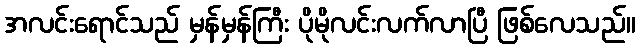
အလင်းရောင်သည် မှန်မှန်ကြီး ပိုမိုလင်းလက်လာပြီ ဖြစ်လေသည်။